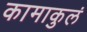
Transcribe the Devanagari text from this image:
कामाकुलं